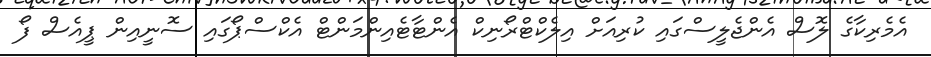
އެމެރިކާގެ ލޮސް އެންޖެލީސްގައި ކުރިއަށް އިލެކްޓްރޯނިކް އެންޓާޓެއިންމަންޓް އެކްސްޕޯގައި ސޮނީއިން ޕީއެސް ފޯ